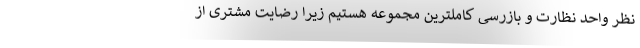
نظر واحد نظارت و بازرسی کاملترین مجموعه هستیم زیرا رضایت مشتری از